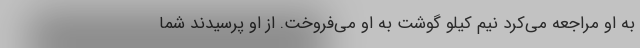
به او مراجعه می‌کرد نیم کیلو گوشت به او می‌فروخت. از او پرسیدند شما